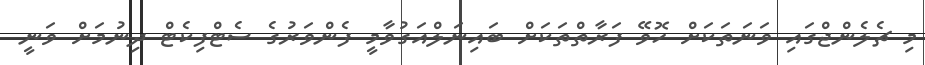
މި ޗެލެންޖްގައި ވަނަތަކަށް ހޮވޭ ފަރާތްތަކަށް ބައިނަލްއަގުވާމީ ފެންވަރުގެ ސެޓްފިކެޓް ދިނުމަށް ވަނީ